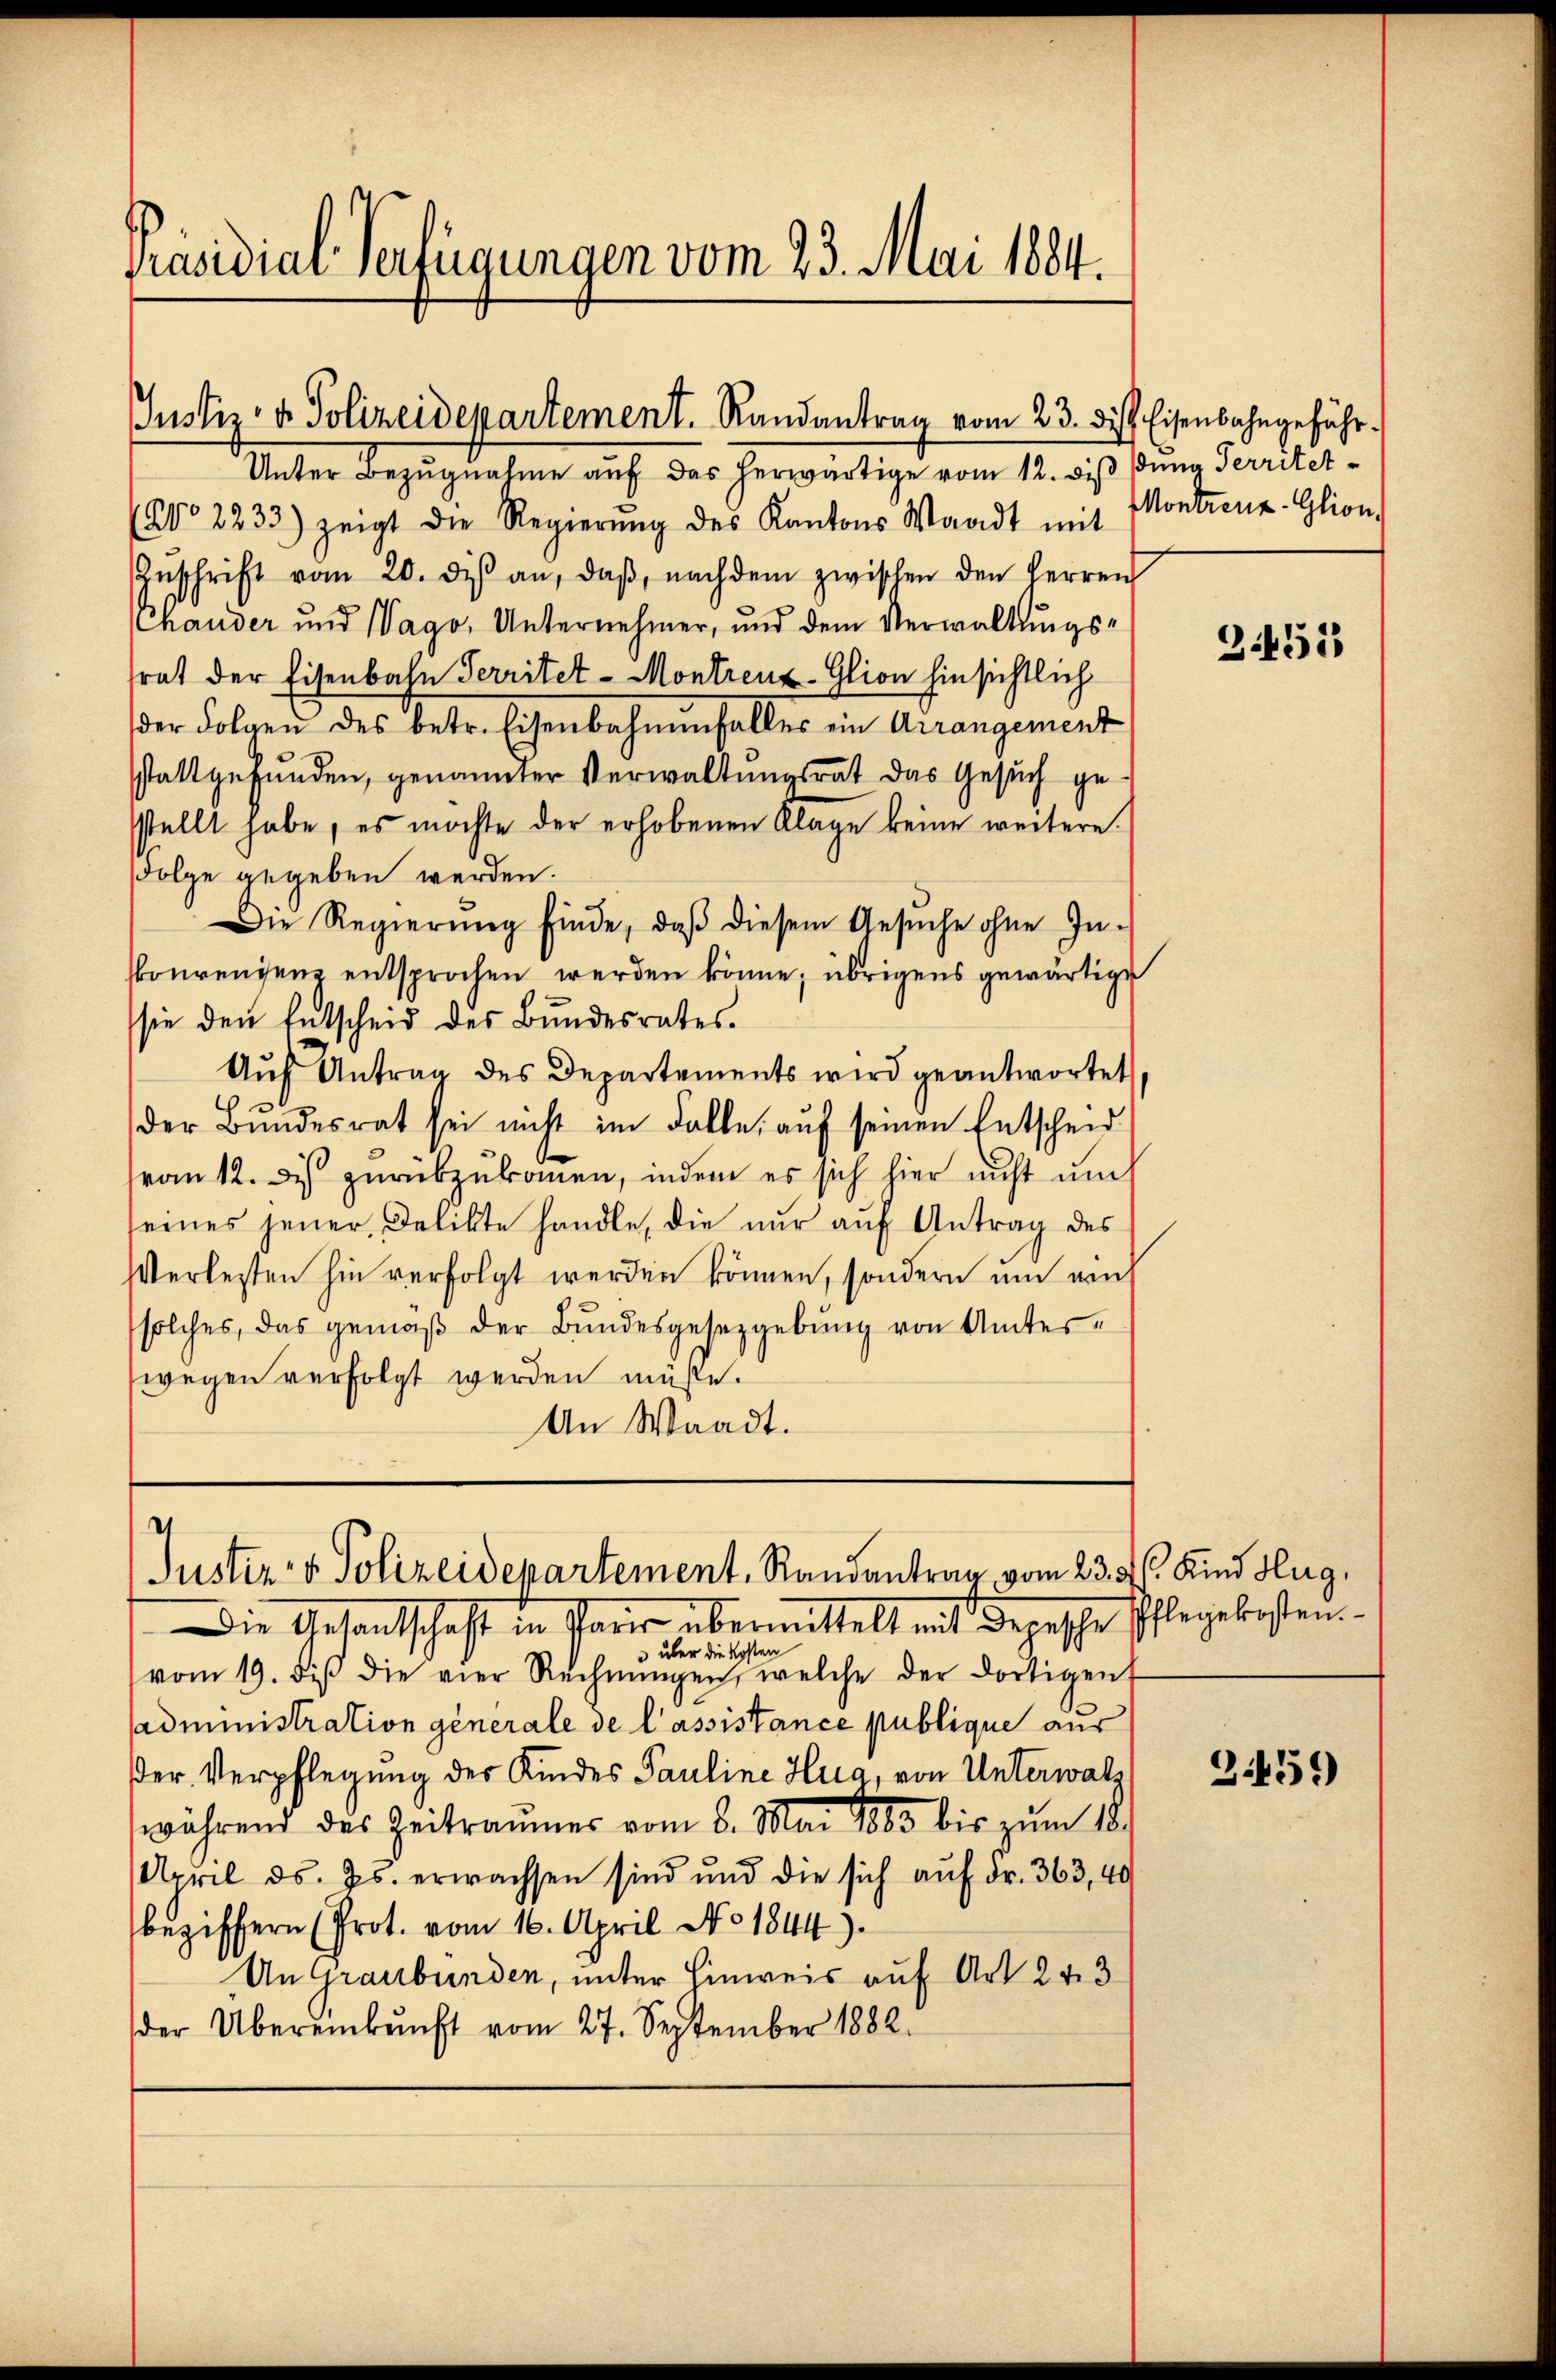
Präsidial-Verfügungen vom 23. Mai 1884.

Justiz- & Polizeidepartement. Randantrag vom 23. des Eisenbahngefähr¬

Unter Bezugnahme auf das herwärtige vom 12. bis dung Territet¬
N° 2233) zeigt die Regierŭng des Kantons Waadt mit
Zŭschrift vom 20. diβ an, daβ nachdem zwischen den Herren
Chauder und Wago, Unternehmer, und dem Verwaltungstrat der Eisenbahn Territet-Montreuz-Glion hinsichtlich
der Folgen des betr. Eisenbahnenfaller ein Arrangement
sstattgefunden, genannter Verwaltungsrat das Gesuch gesstellt habe, es möchte der erhobenen Klage keine weitere
Folge gegeben werden.
Die Regierŭng finde, daβ diesem Gesŭche ohne In-
skonvenienz entsprochen werden könne; übrigens gewärtige
sie den Entscheid des Bundesrates.
Aŭf Antrag des Departements wird geantwortet
der Bŭndesrat sei nicht im Falle aŭf seinen Entscheid
vom 12. De zŭrückzŭkommen, indem es sich hier nicht ŭm
seines jener Delikte handle, die nŭr aŭf Antrag des
Verlesten hin verfolgt werden können, sondern um ein
solches, das gemäß der Bundesgesetzgebung von Unterwegen verfolgt werden müße.
An Waadt.

Juster- & Polizeidepartement, Randantrag vom 23. ds. Kind Hug,

Die Gesandtschaft in Paur übermittelt mit Depesche Pflegebesteu¬
 über die Kosten
vom 19. diβ die vier Rechnŭngen, welche der dortigent
administration generale de l’assistance publique aus
Der Verpflegung der Kindes Pauline Hua, von Unterwalz
während des Zeitraŭmer vom 8. Mai 1883 bis zum 18.
April d. Js. erwachsen sind und die sich auf Fr. 363, 40
beziffern (Prot. vom 16. April No 1844).
An Graubünden, unter Hinweis auf Art. 243
der Übereinkunft vom 27. September 1882.

Montreuz-Glion,

355

3459)